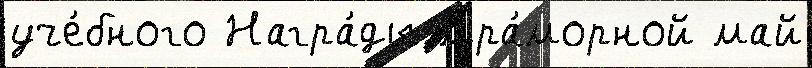
уче́бного Награ́ды мра́морной май